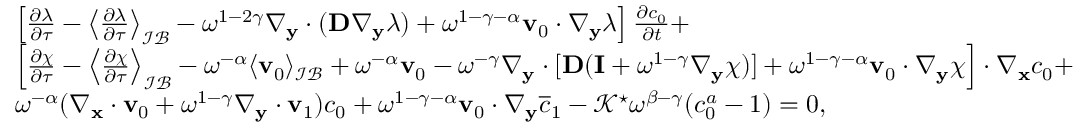
\begin{array} { r l } & { \left[ \frac { \partial \lambda } { \partial \tau } - \left\langle \frac { \partial \lambda } { \partial \tau } \right\rangle _ { \mathcal { I B } } - \omega ^ { 1 - 2 \gamma } \nabla _ { \mathbf y } \cdot ( \mathbf D \nabla _ { \mathbf y } \lambda ) + \omega ^ { 1 - \gamma - \alpha } \mathbf v _ { 0 } \cdot \nabla _ { \mathbf y } \lambda \right] \frac { \partial c _ { 0 } } { \partial t } + } \\ & { \left[ \frac { \partial \boldsymbol \chi } { \partial \tau } - \left\langle \frac { \partial \boldsymbol \chi } { \partial \tau } \right\rangle _ { \mathcal { I B } } - \omega ^ { - \alpha } \langle \mathbf v _ { 0 } \rangle _ { \mathcal { I B } } + \omega ^ { - \alpha } \mathbf v _ { 0 } - \omega ^ { - \gamma } \nabla _ { \mathbf y } \cdot [ \mathbf D ( \mathbf I + \omega ^ { 1 - \gamma } \nabla _ { \mathbf y } \boldsymbol \chi ) ] + \omega ^ { 1 - \gamma - \alpha } \mathbf v _ { 0 } \cdot \nabla _ { \mathbf y } \boldsymbol \chi \right] \cdot \nabla _ { \mathbf x } c _ { 0 } + } \\ & { \omega ^ { - \alpha } ( \nabla _ { \mathbf x } \cdot \mathbf v _ { 0 } + \omega ^ { 1 - \gamma } \nabla _ { \mathbf y } \cdot \mathbf v _ { 1 } ) c _ { 0 } + \omega ^ { 1 - \gamma - \alpha } \mathbf v _ { 0 } \cdot \nabla _ { \mathbf y } \overline { c } _ { 1 } - \mathcal { K } ^ { \star } \omega ^ { \beta - \gamma } ( c _ { 0 } ^ { a } - 1 ) = 0 , } \end{array}